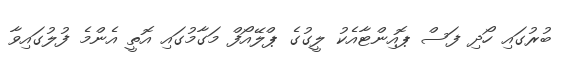
ބުރުގައި ހޯދި ފަސް ޕޮއިންޓާއެކު ލީގުގެ ޕްލޭއޯފް މަގާމުގައި އޮތީ އެންމެ ފުލުގައިވާ